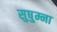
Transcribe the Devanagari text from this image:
सुषु्म्ना